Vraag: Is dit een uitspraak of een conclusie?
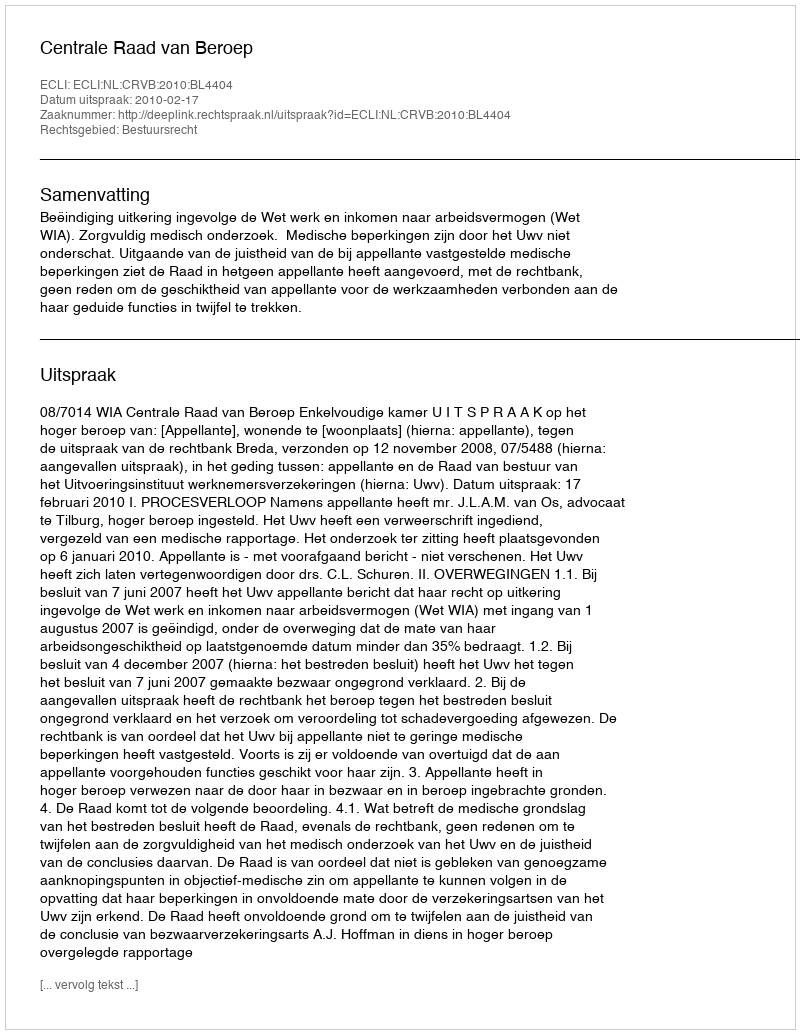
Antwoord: Uitspraak